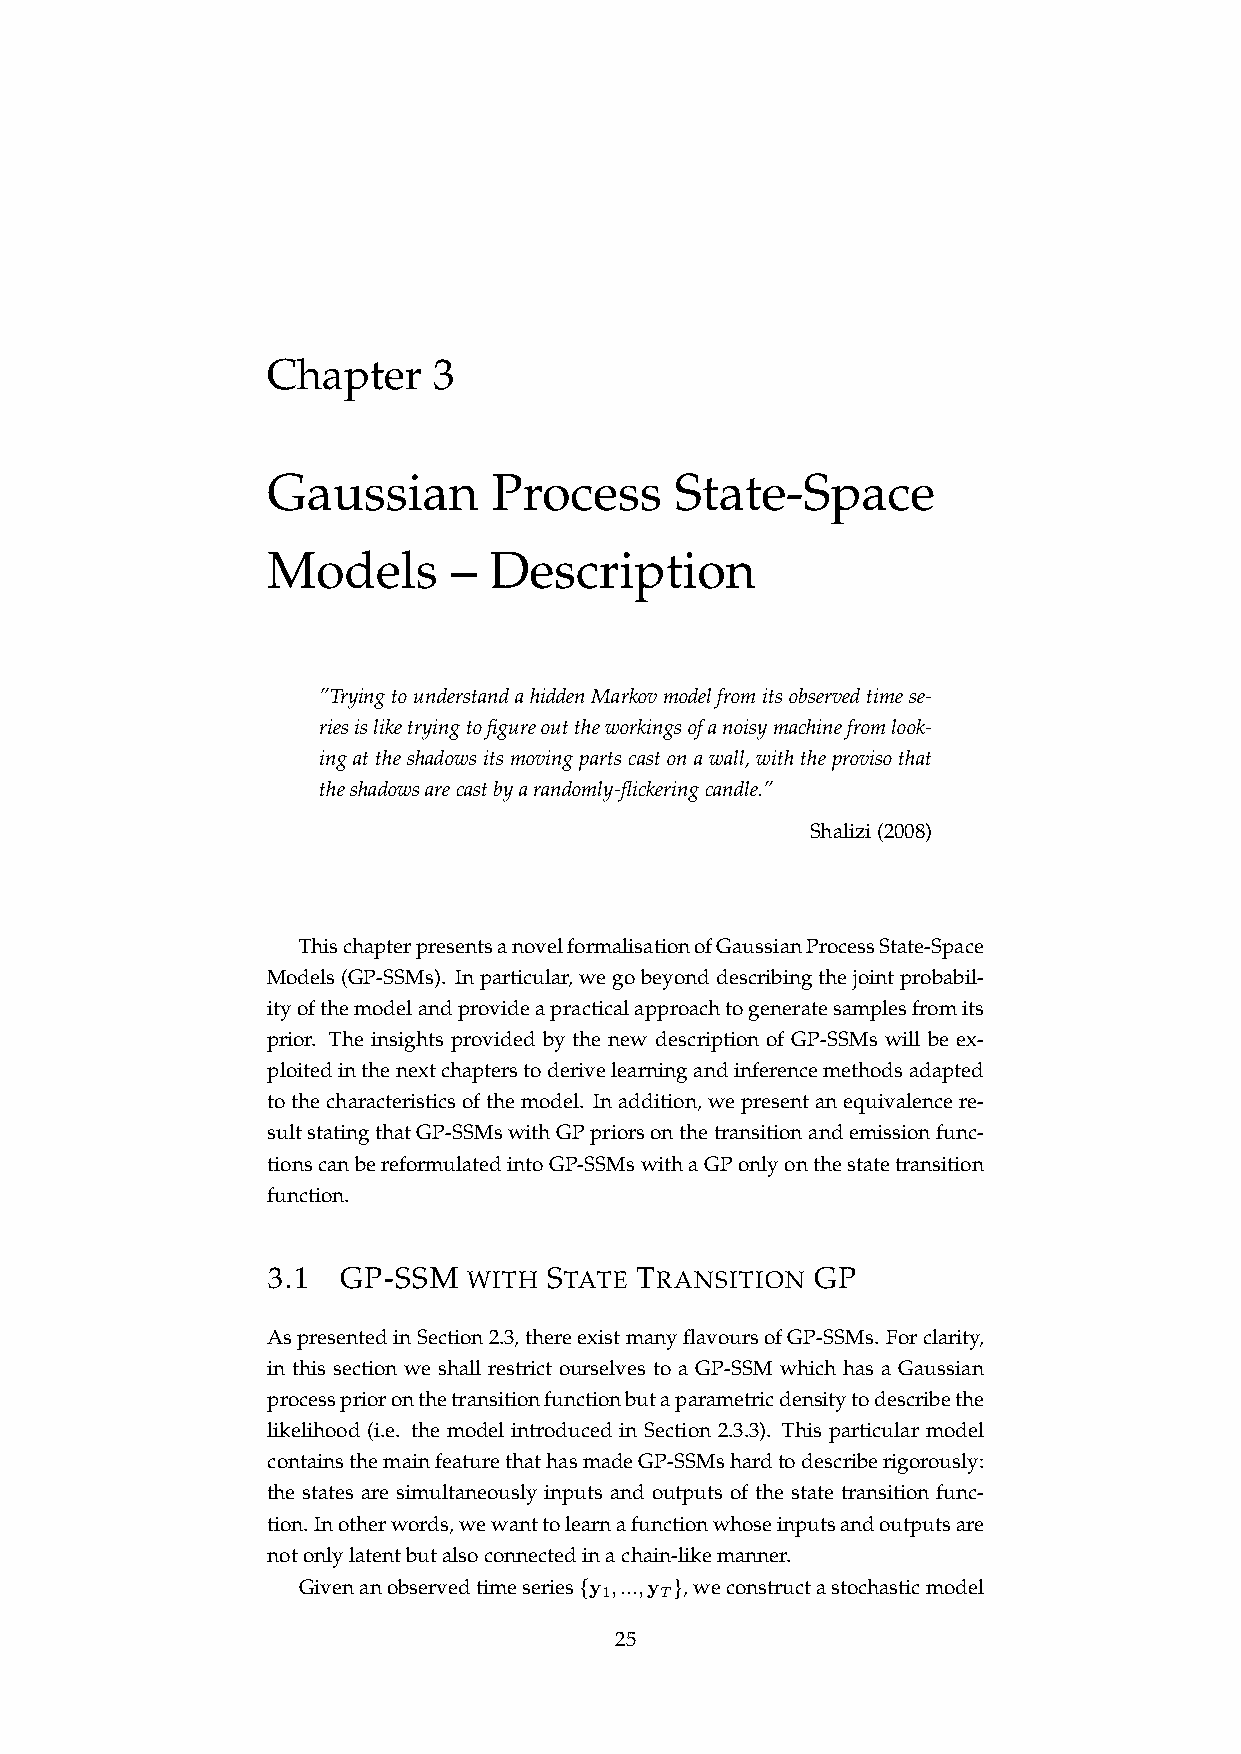
Chapter    3
 Gaussian       Process     State-Space
 Models      – Description
 ”TryingtounderstandahiddenMarkovmodelfromitsobservedtimese-
 riesisliketryingtofigureouttheworkingsofanoisymachinefromlook-
 ingattheshadowsitsmovingpartscastonawall,withtheprovisothat
 theshadowsarecastbyarandomly-flickeringcandle.”
 Shalizi(2008)
 ThischapterpresentsanovelformalisationofGaussianProcessState-Space
 Models(GP-SSMs). Inparticular,wegobeyonddescribingthejointprobabil-
 ityofthemodelandprovideapracticalapproachtogeneratesamplesfromits
 prior. The insights provided by the new description of GP-SSMs will be ex-
 ploitedinthenextchapterstoderivelearningandinferencemethodsadapted
 tothecharacteristicsofthemodel. Inaddition,wepresentanequivalencere-
 sultstatingthatGP-SSMswithGPpriorsonthetransitionandemissionfunc-
 tionscanbereformulatedintoGP-SSMswithaGPonlyonthestatetransition
 function.
 3.1 GP-SSM   WITH STATE TRANSITION  GP
 AspresentedinSection2.3,thereexistmanyflavoursofGP-SSMs. Forclarity,
 in this section we shall restrict ourselves to a GP-SSM which has a Gaussian
 processprioronthetransitionfunctionbutaparametricdensitytodescribethe
 likelihood (i.e. the model introduced in Section 2.3.3). This particular model
 containsthemainfeaturethathasmadeGP-SSMshardtodescriberigorously:
 the states are simultaneously inputs and outputs of the state transition func-
 tion.Inotherwords,wewanttolearnafunctionwhoseinputsandoutputsare
 notonlylatentbutalsoconnectedinachain-likemanner.
 Givenanobservedtimeseries{y ,...,y },weconstructastochasticmodel
 1   T
 25